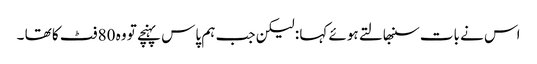
اس نے بات سنبھالتے ہوئے کہا : لیکن جب ہم پاس پہنچے تو وہ 80 فٹ کا تھا ۔